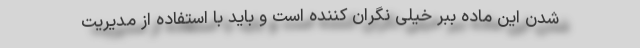
شدن این ماده ببر خیلی نگران کننده است و باید با استفاده از مدیریت